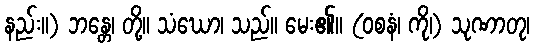
နည်း။) ဘန္တေ၊ တို့။ သံဃော၊ သည်။ မေး၏။ (ဝစနံ၊ ကို၊) သုဏာတု၊